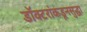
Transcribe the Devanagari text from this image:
डॉक्टरांकडूनसुद्धा